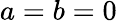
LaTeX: a=b=0